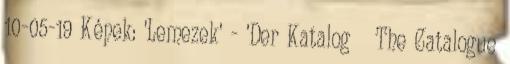
10-05-19 Képek: 'Lemezek' - 'Der Katalog The Catalogue